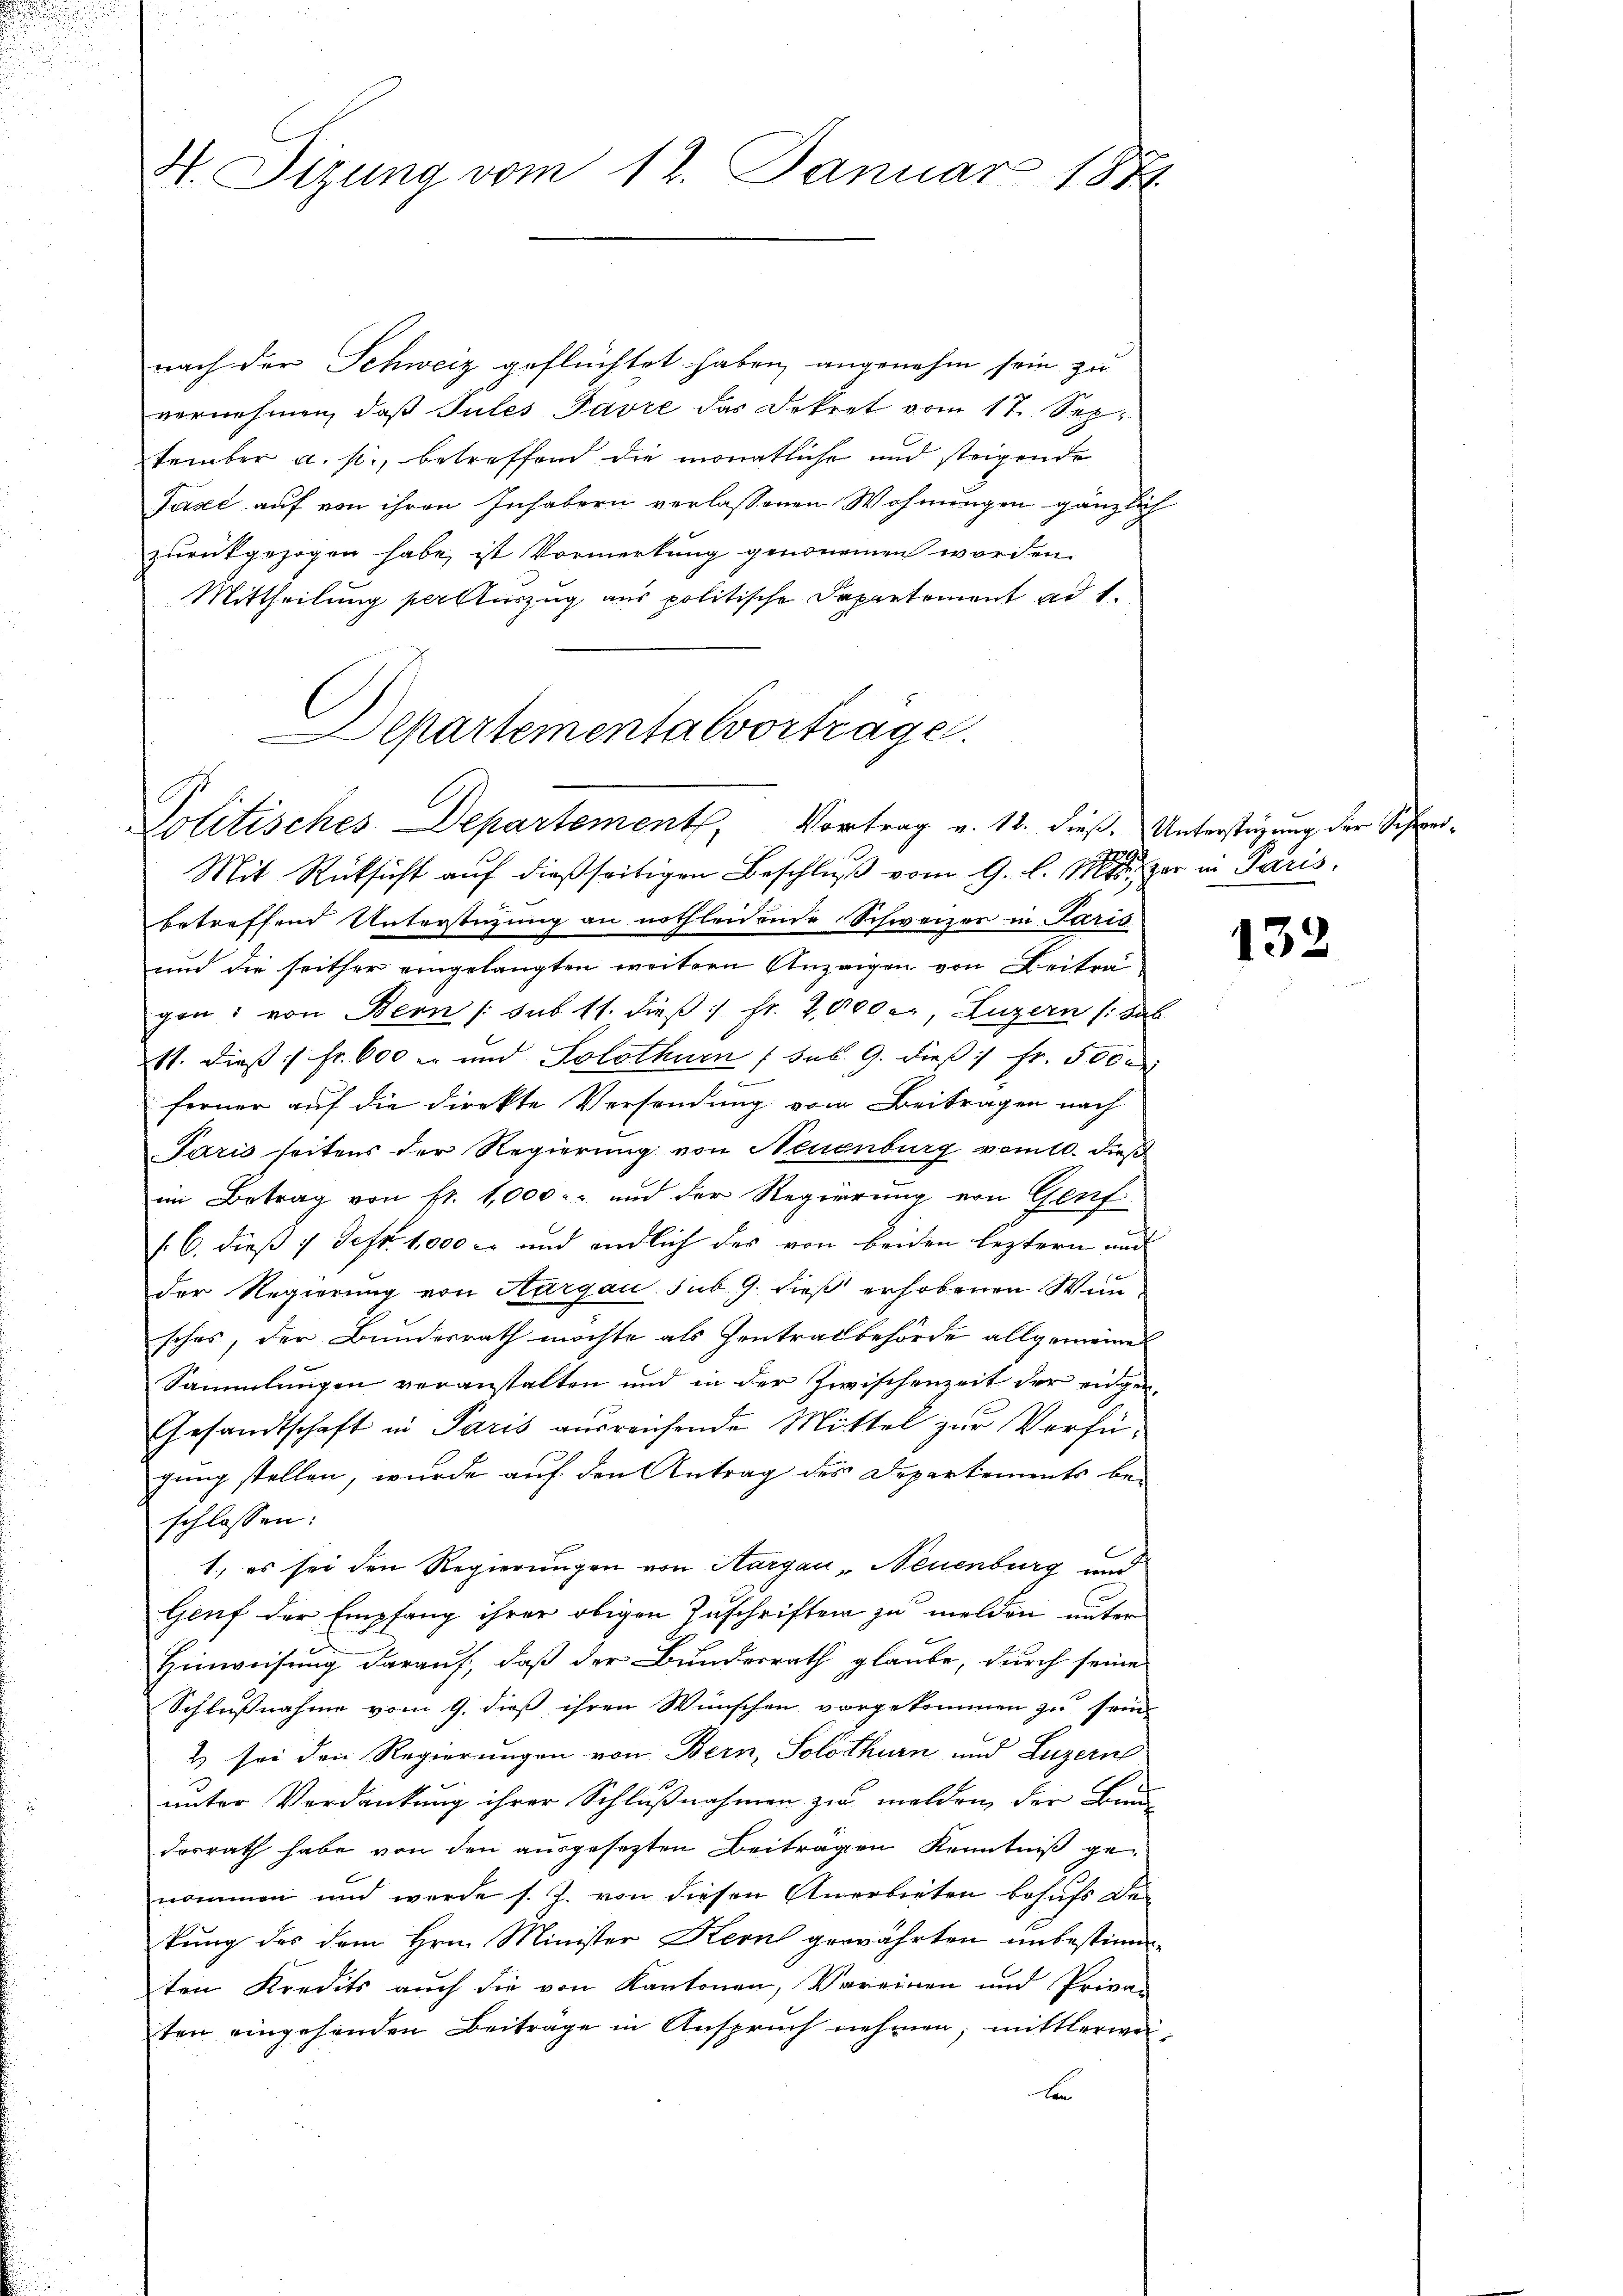
H. Sizung vom 12. Januar 188

nach der Schweiz geflüchtet haben, angenehm sein zu
vernehmen, daß Tules Favre das Dekret vom 17. September a. p., betreffend die monatliche und steigende
Jase auf von ihren Inhabern verlassenen Wohnungen gänzlich
zurückgezogen habe, ist Vormerkung genommen worden.
Mittheilung per Auszug aus politische Departement ad 1.
Departementalvorträge.

Politisches Departement, Vortrag v. 12. dieß. Unterstüzung der Schwei¬

Mit Rücksicht auf dießseitigen Beschluß vom 9. l. er in Paris.
betreffend Unterstüzung an nothleidende Schweizer in Paris
und die seither eingelangten weitern Anzeigen von Beitra
gon: von Bern /: sub 11. dieβ :| Fr. 2,000, Luzern (: Sab
11. dieß :/ fr. 600 er und Solothurn (sub. 9. dieß 1 Fr. 500 d
72
ferner auf die Direkte Versendung vom Beitragen nach
Paris seitens der Regierung von Neuenburg vom 10. dieß
im Betrag von fr. 1,000.- und der Regierung von Genf
(6. dieß 7 Febr. 1,000 c. und endlich das von beiden leztern und
der Regierung von Aargau sub. 9. dieß erhobenen Winschos, der Bundesrath möchte als Zentralbehörde allgemeine
Sammlungen veranstalten und in der Zwischenzeit der eingen¬
Gesandtschaft in Paris aŭsreichende Mittel zŭr Verfügung stellen, wurde auf den Antrag des Departements be-
schlossen:
1., es sei den Regierungen von Aargau, Neuenburg und
Genf der Empfang ihrer obigen Zuschriften zu melden unter
Hinweisung darauf, daß der Bundesrath glaube, durch seine
Schlußnahme vom 9. dieß ihren Wünschen vorgekommen zu sein,
2 sei den Regierungen von Bern, Solothurn und Luzern
unter Verdankung ihrer Schlußnahmen zu melden der Bun-
desrath habe von den ausgesezten Beiträgen Kenntniß genommen und werde s. J. von diesen Anerbieten besuchs De-
tung des dem Hrn. Minister Kerl gewährten unbestimmten Kredits auch die von Kantonen, Vereinen und Privan
ten eingehenden Beiträge in Anspruch nehmen, mittlerwei¬
E

132.